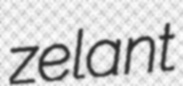
zelant